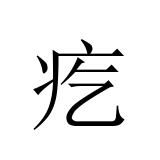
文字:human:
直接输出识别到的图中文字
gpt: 疙